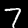
Digit: 7